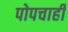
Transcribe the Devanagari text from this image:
पोपचाही